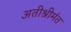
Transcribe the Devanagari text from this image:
अतीश्रीमंत